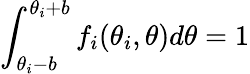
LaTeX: \int_{\theta_{i}-b}^{\theta_{i}+b}f_{i}(\theta_{i},\theta)d\theta=1